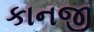
કાનજી